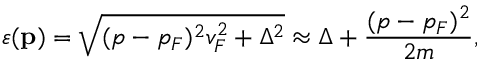
\varepsilon ( \ensuremath { \mathbf { p } } ) = \sqrt { ( p - p _ { F } ) ^ { 2 } v _ { F } ^ { 2 } + \Delta ^ { 2 } } \approx \Delta + \frac { ( p - p _ { F } ) ^ { 2 } } { 2 m } ,